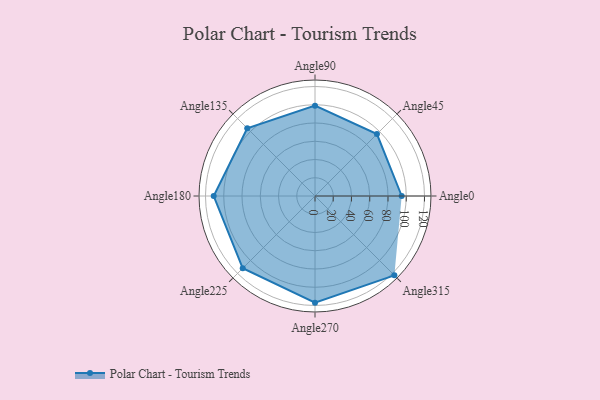
{"axis": {"x": "Angle", "y": "Radius"}, "legend": [""], "data": [{"x": "Angle0", "y": 95.0, "type": ""}, {"x": "Angle45", "y": 96.0, "type": ""}, {"x": "Angle90", "y": 99.0, "type": ""}, {"x": "Angle135", "y": 105.0, "type": ""}, {"x": "Angle180", "y": 111.0, "type": ""}, {"x": "Angle225", "y": 112.0, "type": ""}, {"x": "Angle270", "y": 117.0, "type": ""}, {"x": "Angle315", "y": 123.0, "type": ""}]}